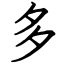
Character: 多